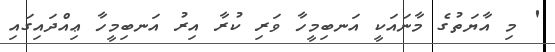
' މި އާޔަތުގެ މާނައަކީ އަނބިމީހާ ވަރި ކުރާ އިރު އަނބިމީހާ ޢިއްދައިގައި